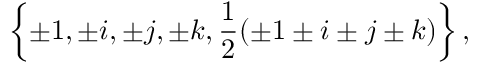
\left\{ \pm 1 , \pm i , \pm j , \pm k , \frac { 1 } { 2 } ( \pm 1 \pm i \pm j \pm k ) \right\} ,